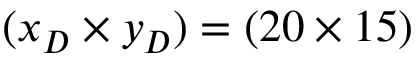
( x _ { D } \times y _ { D } ) = ( 2 0 \times 1 5 )